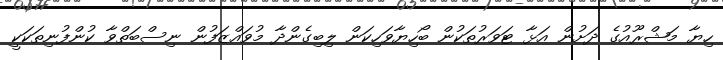
ހިޔާ މަޝްރޫއުގެ ދަށުން އަޅާ ޓަވަރުތަކުން ބޯހިޔާވަހިކަން ލިބިގެންދާ މުވައްޒަފުން ނިސްބަތްވާ ކުންފުނިތަކަކީ